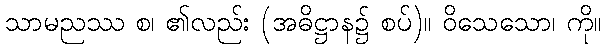
သာမညဿ စ၊ ၏လည်း (အဓိဋ္ဌာန၌ စပ်)။ ဝိသေသော၊ ကို။